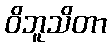
ဝိဘူသိတာ